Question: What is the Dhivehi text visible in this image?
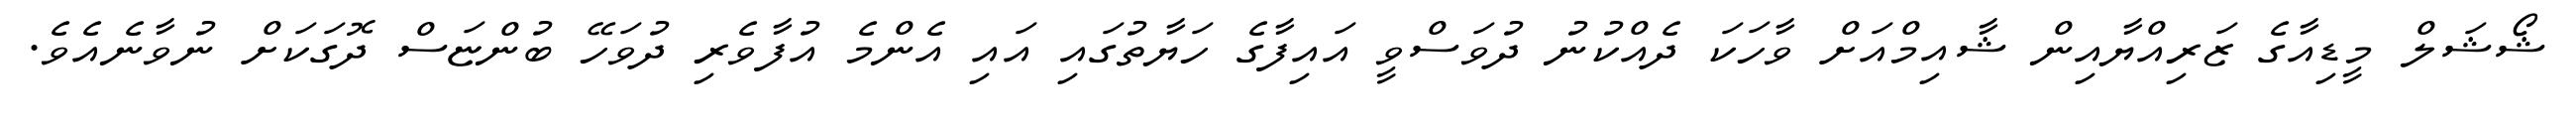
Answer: ޝޯޝަލް މީޑިއާގެ ޒަރިއްޔާއިން ޝާއިމްއަށް ވާހަކަ ދެއްކުނު ދުވަސްވީ އައިފާގެ ހަޔާތުގައި އައި އެންމެ އުފާވެރި ދުވަހޭ ބުންޏަސް ދޮގަކަށް ނުވާނެއެވެ.